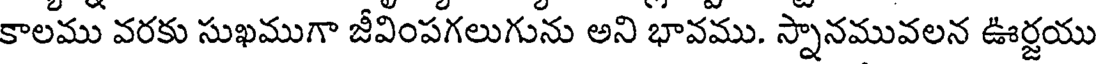
కాలము వరకు సుఖముగా జీవింపగలుగును అని భావము. స్నానమువలన ఊర్జయు